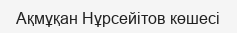
Ақмұқан Нұрсейітов көшесі